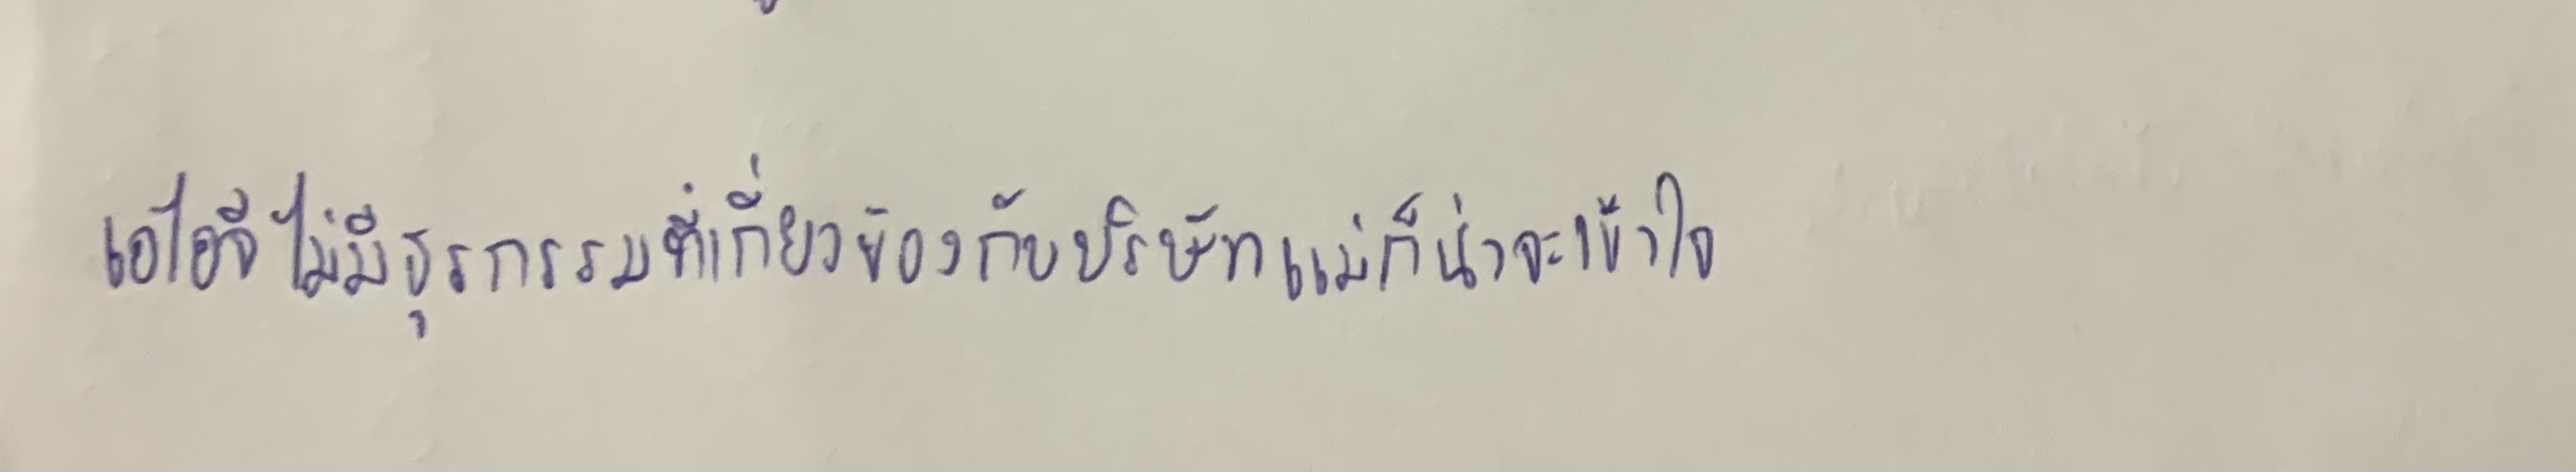
"เอไอจีไม่มีธุรกรรมที่เกี่ยวข้องกับบริษัทแม่ก็น่าจะเข้าใจ